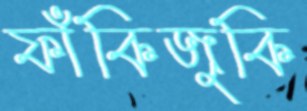
ফাঁকিজুকি